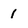
Character: 1